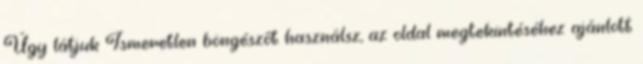
Úgy látjuk Ismeretlen böngészőt használsz, az oldal megtekintéséhez ajánlott